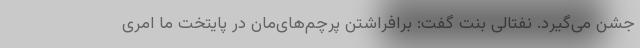
جشن می‌گیرد. نفتالی بنت گفت: برافراشتن پرچم‌های‌مان در پایتخت ما امری